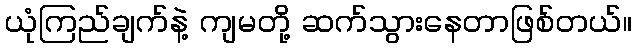
ယုံကြည်ချက်နဲ့ ကျမတို့ ဆက်သွားနေတာဖြစ်တယ်။